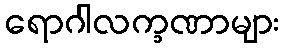
ရောဂါလက္ခဏာများ